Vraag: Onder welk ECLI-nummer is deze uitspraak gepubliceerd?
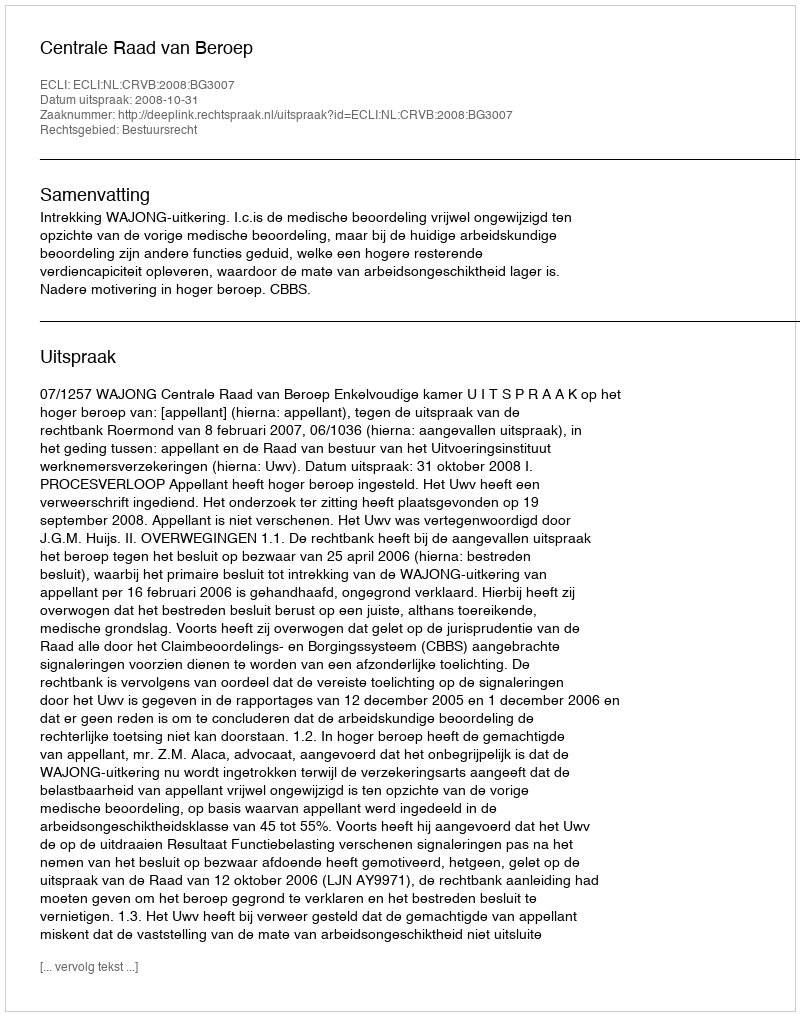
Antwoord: ECLI:NL:CRVB:2008:BG3007